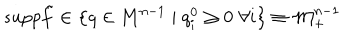
s u p p \tilde { f } \in \left\{ q \in \mathbf { M } ^ { n - 1 } \mid q _ { i } ^ { 0 } \geq 0 \, \, \forall i \right\} \equiv \mathcal { M } _ { + } ^ { n - 1 }